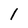
Character: 1